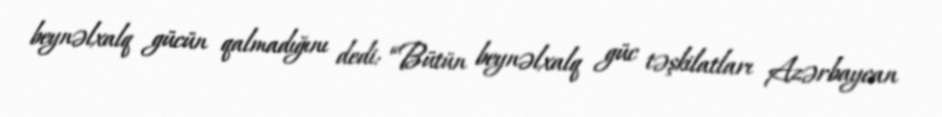
beynəlxalq gücün qalmadığını dedi: “Bütün beynəlxalq güc təşkilatları Azərbaycan